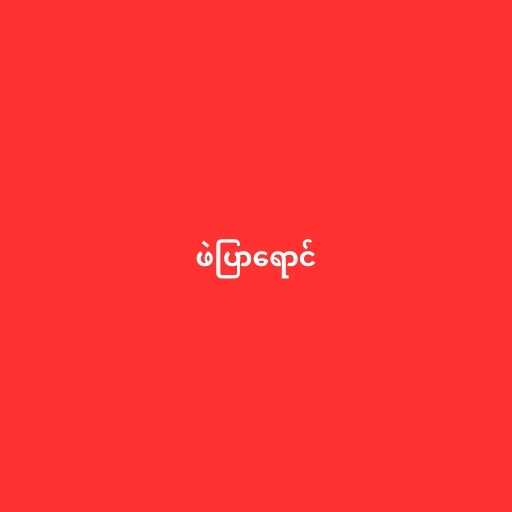
ဖဲပြာရောင်